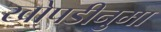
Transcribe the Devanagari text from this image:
खोपडीनुमा